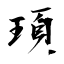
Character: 頊